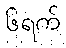
၆ရက်